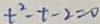
t ^ { 2 } - t - 2 = 0